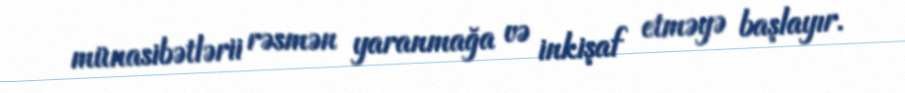
münasibətlərii rəsmən yaranmağa və inkişaf etməyə başlayır.